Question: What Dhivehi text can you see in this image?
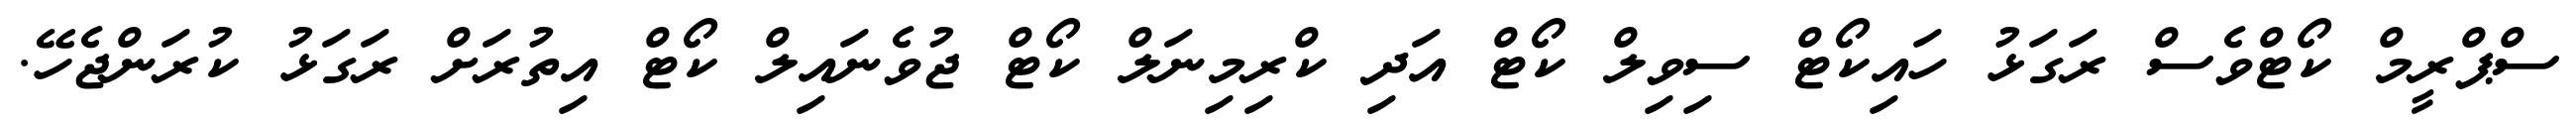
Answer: ސްޕްރީމް ކޯޓްވެސް ރަގަޅު ހައިކޯޓް ސިވިލް ކޯޓް އަދި ކްރިމިނަލް ކޯޓް ޖުވެނައިލް ކޯޓް އިތުރަށް ރަގަޅު ކުރަންޖެހޭ.